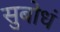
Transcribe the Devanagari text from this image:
सुबोधं